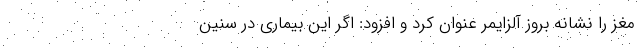
مغز را نشانه بروز آلزایمر عنوان کرد و افزود: اگر این بیماری در سنین